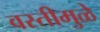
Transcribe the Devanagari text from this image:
वस्तीमुळे